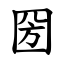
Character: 圀